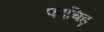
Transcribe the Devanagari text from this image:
पदचिहृ